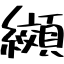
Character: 纐